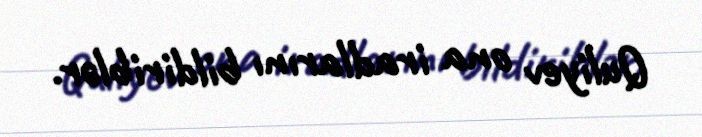
Quliyev ona iradlarını bildiriblər.